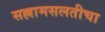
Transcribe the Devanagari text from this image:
सल्लामसलतीचा